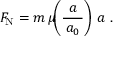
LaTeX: F _ { \mathrm { N } } = m \, \mu \! \! \left( { \frac { a } { \, a _ { 0 } \, } } \right) \, a ~ .